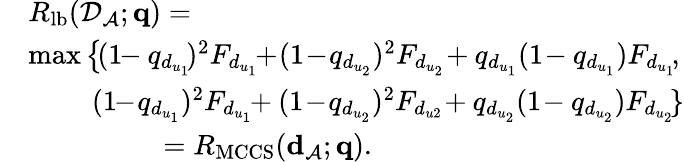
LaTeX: \begin{array}{rl}&{R_{\mathrm{lb}}({\cal D}_{\cal A};{\mathbf q})=}\\ &{\operatorname*{max}\big\{ \! (1\! \! -q_{d_{u_{1}}}\! )^{2}F_{d_{u_{1}}}\! \! +\! (1\! -\! q_{d_{u_{2}}})^{2}F_{d_{u_{2}}}\! +q_{d_{u_{1}}}(1\! -q_{d_{u_{1}}})F_{d_{u_{1}}}\! ,}\\ &{\quad\quad\ (1\! \! -\! q_{d_{u_{1}}})^{2}F_{d_{u_{1}}}\! \! +(1\! -\! q_{d_{u_{2}}})^{2}F_{d_{u2}}\! +q_{d_{u_{2}}}(1\! -q_{d_{u_{2}}})F_{d_{u_{2}}}\! \} }\\ &{\quad\quad\quad\quad\ \ =R_{\mathrm{MCCS}}({\mathbf d}_{\cal A};{\mathbf q}).}\end{array}